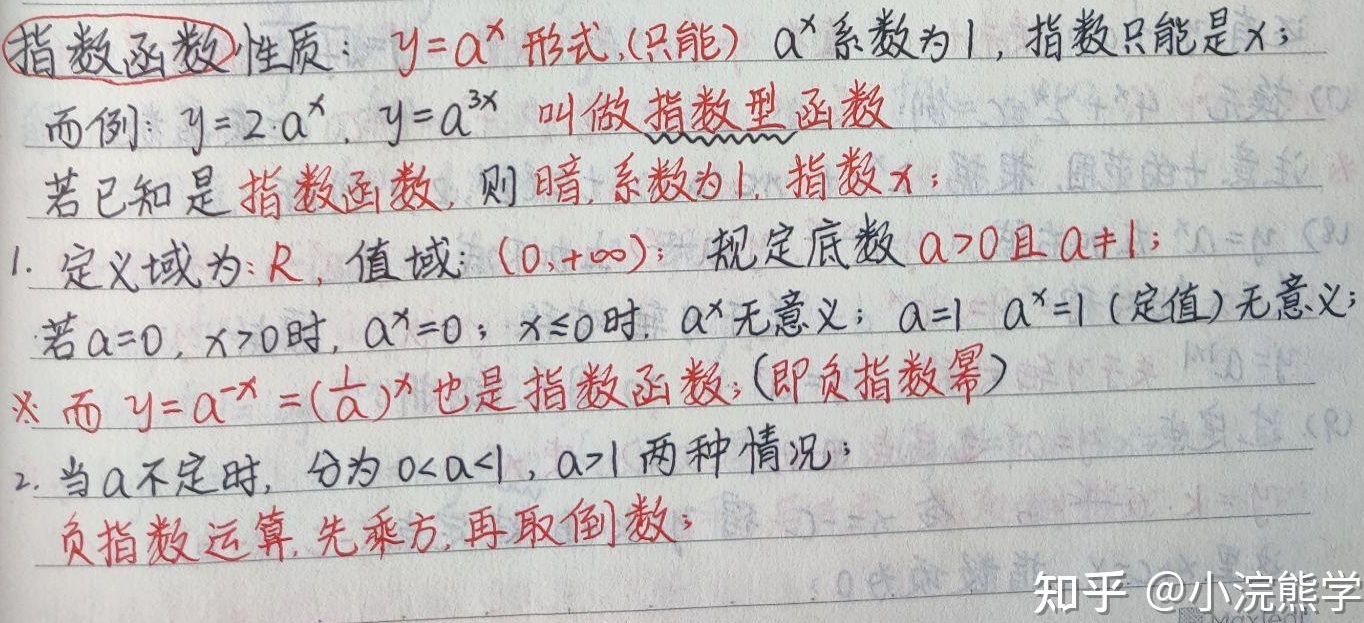
指数函数性质：\(y = a^{x}\)形式，(只能)\(a^{x}\)系数为\(1\)，指数只能是\(x\)；而例：\(y = 2\cdot a^{x}\)，\(y = a^{3x}\) 叫做 指数型函数。若已知是 指数函数，则 暗系数为\(1\)，指数 \(x\)；
1. 定义域为\(\mathbb{R}\)，值域：\((0,+\infty)\)；规定底数 \(a>0\)且\(a\neq1\)；若\(a = 0\)，\(x>0\)时，\(a^{x}=0\)；\(x\leq0\)时，\(a^{x}\)无意义；\(a = 1\) ，\(a^{x}=1\) (定值)无意义；
※而 \(y = a^{-x}=(\frac{1}{a})^{x}\)也是 指数函数，(即负指数幂)
2. 当\(a\)不定时，分为 \(0 < a<1\)，\(a>1\) 两种情况；负指数运算，先乘方，再取倒数。